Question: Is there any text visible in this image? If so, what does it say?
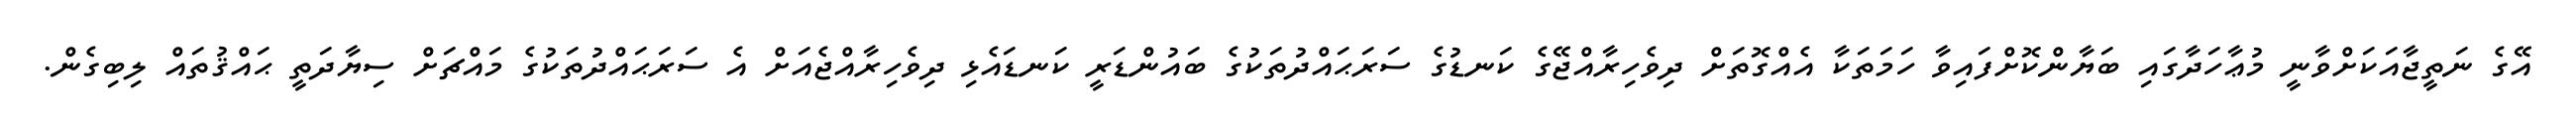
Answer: އޭގެ ނަތީޖާއަކަށްވާނީ މުޢާހަދާގައި ބަޔާންކޮށްފައިވާ ހަމަތަކާ އެއްގޮތަށް ދިވެހިރާއްޖޭގެ ކަނޑުގެ ސަރަޙައްދުތަކުގެ ބައުންޑަރީ ކަނޑައެޅި ދިވެހިރާއްޖެއަށް އެ ސަރަޙައްދުތަކުގެ މައްޗަށް ސިޔާދަތީ ޙައްޤުތައް ލިބިގެން.